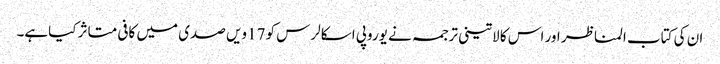
ان کی کتاب المناظر اور اس کا لاتینی ترجمہ نے یوروپی اسکالرس کو 17ویں صدی میں کافی متاثر کیاہے۔